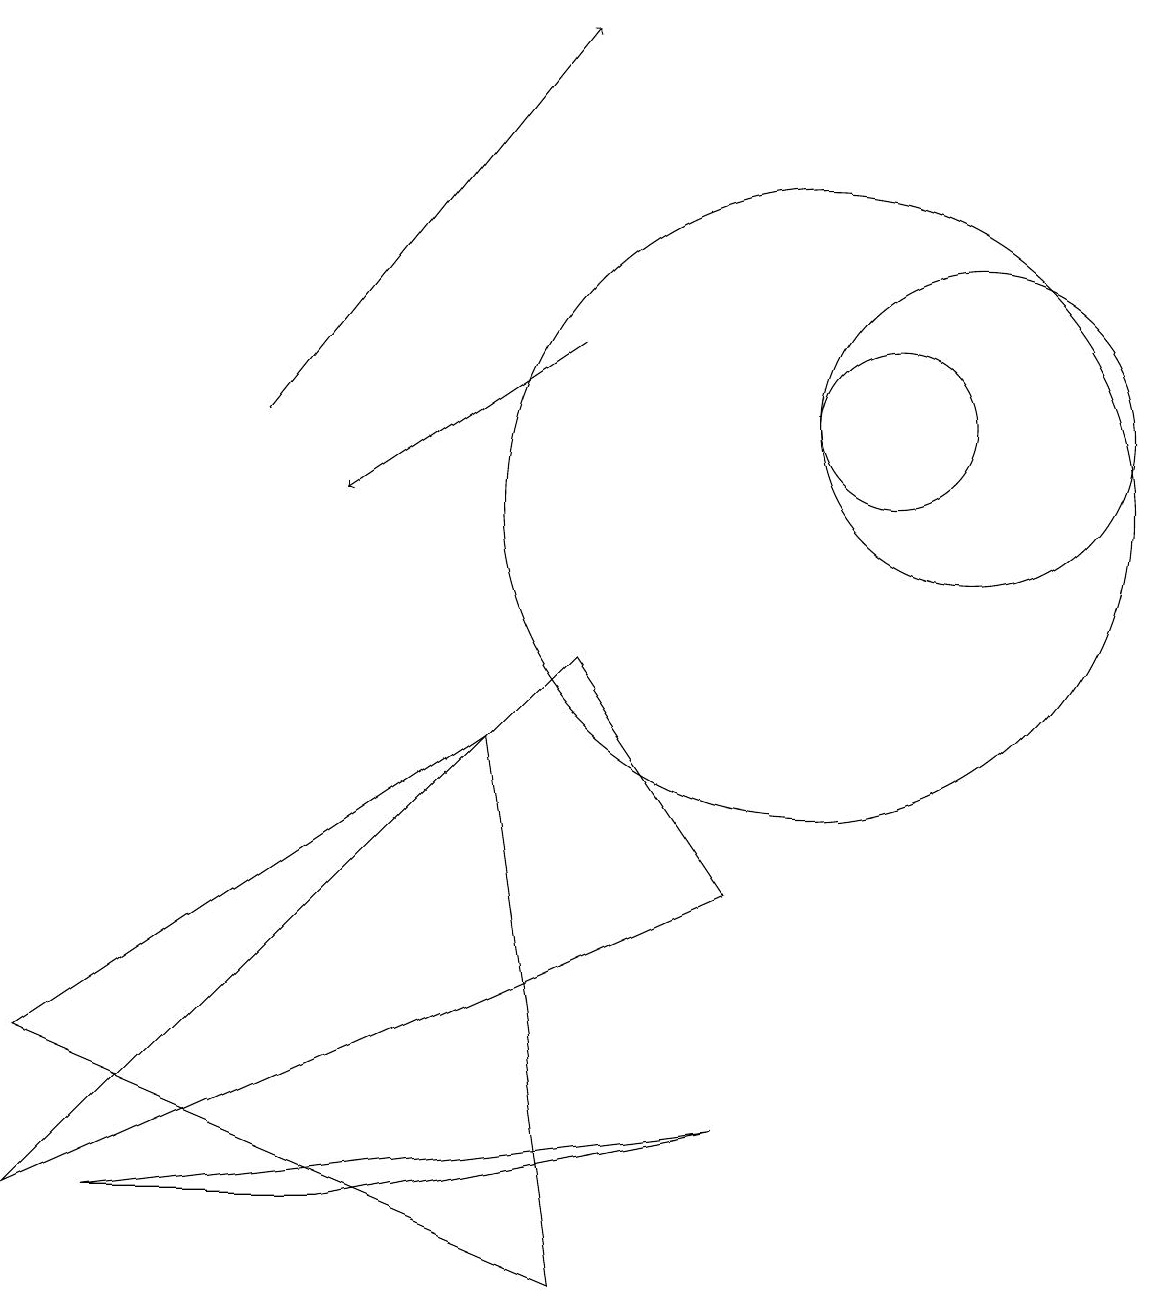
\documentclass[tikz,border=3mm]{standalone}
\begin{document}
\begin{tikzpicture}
\draw (10,10) circle (4);
\draw (7,8) -- (0,1) -- (9,5) -- cycle;
\draw[->] (3,11) -- (7,16);
\draw (6,7) -- (0,3) -- (7,0) -- cycle;
\draw (4,1) -- (1,1) -- (9,2) -- cycle;
\draw (11,11) circle (1);
\draw[->] (7,12) -- (4,10);
\draw (12,11) circle (2);
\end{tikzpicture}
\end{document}